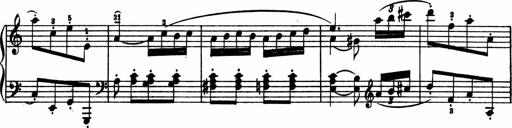
Title: 2 Sonatinen
Composer: Lambertus Adrianus van Tetterode